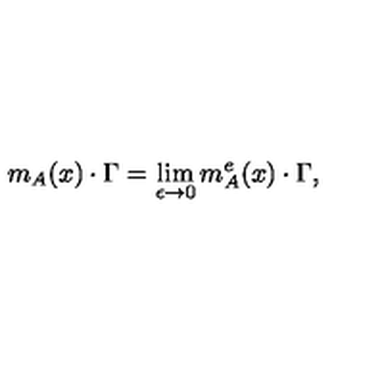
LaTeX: m _ { A } ( x ) \cdot \Gamma = \lim _ { \epsilon \to 0 } m _ { A } ^ { e } ( x ) \cdot \Gamma ,